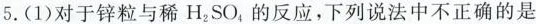
5.(1)对于锌粒与稀H_{2}SO_{4}，的反应，下列说法中不正确的是